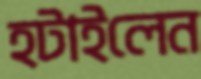
হটাইলেন